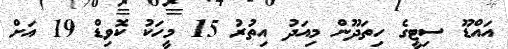
އައްޑޫ ސިޓީގެ ހިތަދޫން މިއަދު އިތުރު 15 މީހަކު ކޮވިޑް 19 އަށް